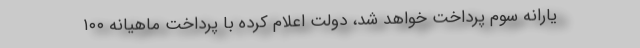
یارانه سوم پرداخت خواهد شد، دولت اعلام کرده با پرداخت ماهیانه ۱۰۰